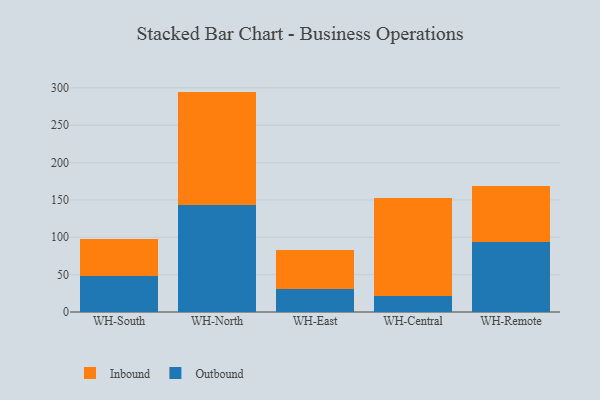
{"axis": {"x": "Warehouse", "y": "Bounce Rate (%)"}, "legend": ["Inbound", "Outbound"], "data": [{"x": "WH-South", "y": 47.9, "type": "Outbound"}, {"x": "WH-South", "y": 49.4, "type": "Inbound"}, {"x": "WH-North", "y": 143.8, "type": "Outbound"}, {"x": "WH-North", "y": 151.2, "type": "Inbound"}, {"x": "WH-East", "y": 30.8, "type": "Outbound"}, {"x": "WH-East", "y": 52.3, "type": "Inbound"}, {"x": "WH-Central", "y": 21.1, "type": "Outbound"}, {"x": "WH-Central", "y": 131.3, "type": "Inbound"}, {"x": "WH-Remote", "y": 93.3, "type": "Outbound"}, {"x": "WH-Remote", "y": 74.7, "type": "Inbound"}]}